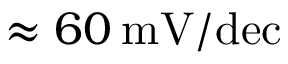
\approx 6 0 \: \mathrm { m V / d e c }